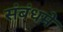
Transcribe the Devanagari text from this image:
संबंधमे